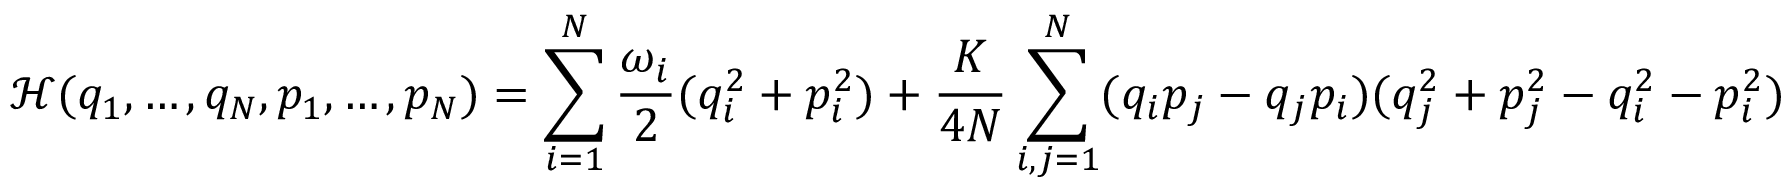
{ \mathcal { H } } ( q _ { 1 } , \ldots , q _ { N } , p _ { 1 } , \ldots , p _ { N } ) = \sum _ { i = 1 } ^ { N } { \frac { \omega _ { i } } { 2 } } ( q _ { i } ^ { 2 } + p _ { i } ^ { 2 } ) + { \frac { K } { 4 N } } \sum _ { i , j = 1 } ^ { N } ( q _ { i } p _ { j } - q _ { j } p _ { i } ) ( q _ { j } ^ { 2 } + p _ { j } ^ { 2 } - q _ { i } ^ { 2 } - p _ { i } ^ { 2 } )